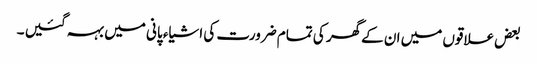
بعض علاقوں میں ان کےگھر کی تمام ضرورت کی اشیاء پانی میں بہہ گئیں ۔